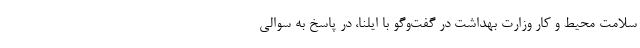
سلامت محیط و کار وزارت بهداشت در گفت‌وگو با ایلنا، در پاسخ به سوالی